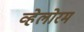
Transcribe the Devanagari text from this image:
व्हेलोरम